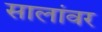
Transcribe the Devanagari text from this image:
सालांवर